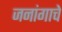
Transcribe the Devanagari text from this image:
जनांगाचे